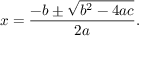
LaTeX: x = { \frac { - b \pm { \sqrt { b ^ { 2 } - 4 a c } } } { 2 a } } .